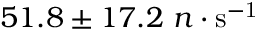
5 1 . 8 \pm 1 7 . 2 ~ n \cdot \mathrm { s ^ { - 1 } }